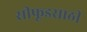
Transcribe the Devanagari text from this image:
सीफूडसाठी